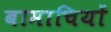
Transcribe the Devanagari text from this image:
बामाचियों